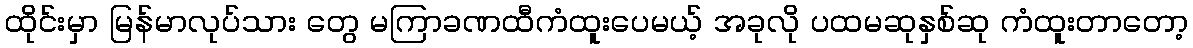
ထိုင်းမှာ မြန်မာလုပ်သား တွေ မကြာခဏထီကံထူးပေမယ့် အခုလို ပထမဆုနှစ်ဆု ကံထူးတာတော့